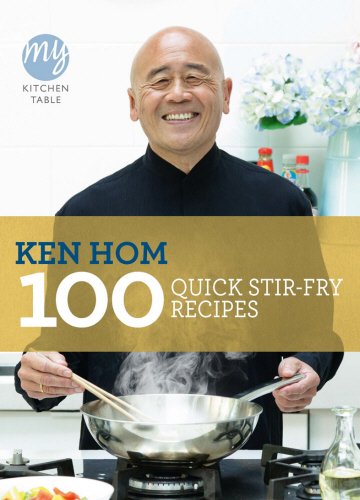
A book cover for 100 Quick Stir-Fry Recipes (My Kitchen Table); Ken Hom; Cookbooks, Food & Wine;